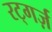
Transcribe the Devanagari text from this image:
रट्गर्ज़